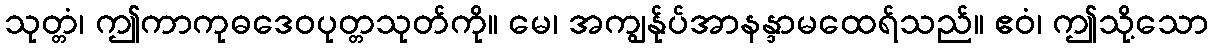
သုတ္တံ၊ ဤကာကုဓဒေဝပုတ္တသုတ်ကို။ မေ၊ အကျွန်ုပ်အာနန္ဒာမထေရ်သည်။ ဧဝံ၊ ဤသို့သော